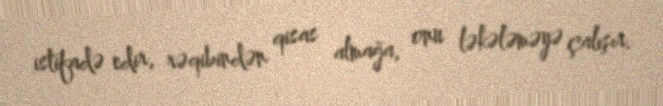
istifadə edir, rəqibindən qisas almağa, onu ləkələməyə çalışır.